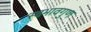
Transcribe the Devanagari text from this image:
स्वभावगुण